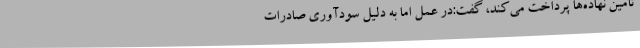
تامین نهاده‌ها پرداخت می‌کند، گفت:در عمل اما به دلیل سودآوری صادرات